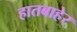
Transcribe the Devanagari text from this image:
हातबाहेर